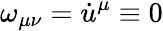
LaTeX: \omega_{\mu\nu}=\dot{u}^{\mu}\equiv 0